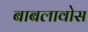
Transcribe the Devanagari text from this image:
बाबलावोस